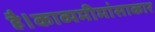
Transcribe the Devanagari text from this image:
है।काव्यमीमांसाकार